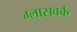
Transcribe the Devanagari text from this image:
ग्लासवर्क